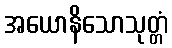
အယောနိသောသုတ္တံ